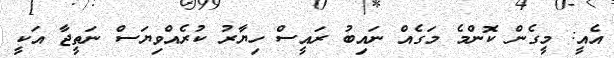
އެއީ: މީގެން ކޮންމެ މަގެއް ނައިބު ރައީސް ހިޔާރު ކުރެއްވިޔަސް ނަތީޖާ އަކީ